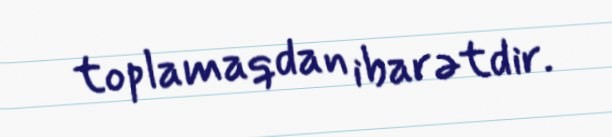
toplamaqdan ibarətdir.